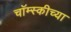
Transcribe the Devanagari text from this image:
चॉम्स्कीच्या